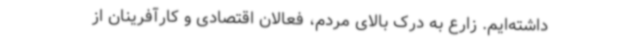
داشته‌ایم. زارع به درک بالای مردم، فعالان اقتصادی و کارآفرینان از